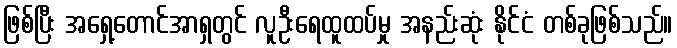
ဖြစ်ပြီး အရှေ့တောင်အာရှတွင် လူဦးရေထူထပ်မှု အနည်းဆုံး နိုင်ငံ တစ်ခုဖြစ်သည်။